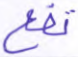
تقع